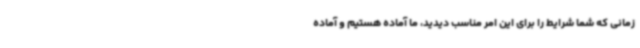
زمانی که شما شرایط را برای این امر مناسب دیدید، ما آماده هستیم و آماده